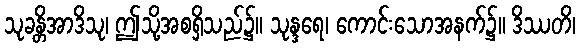
သုခန္တိအာဒိသု၊ ဤသို့အစရှိသည်၌။ သုန္ဒရေ၊ ကောင်းသောအနက်၌။ ဒိဿတိ၊